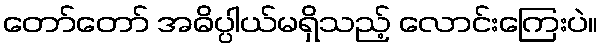
တော်တော် အဓိပ္ပါယ်မရှိသည့် လောင်းကြေးပဲ။